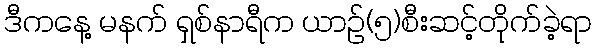
ဒီကနေ့ မနက် ရှစ်နာရီက ယာဥ်(၅)စီးဆင့်တိုက်ခဲ့ရာ